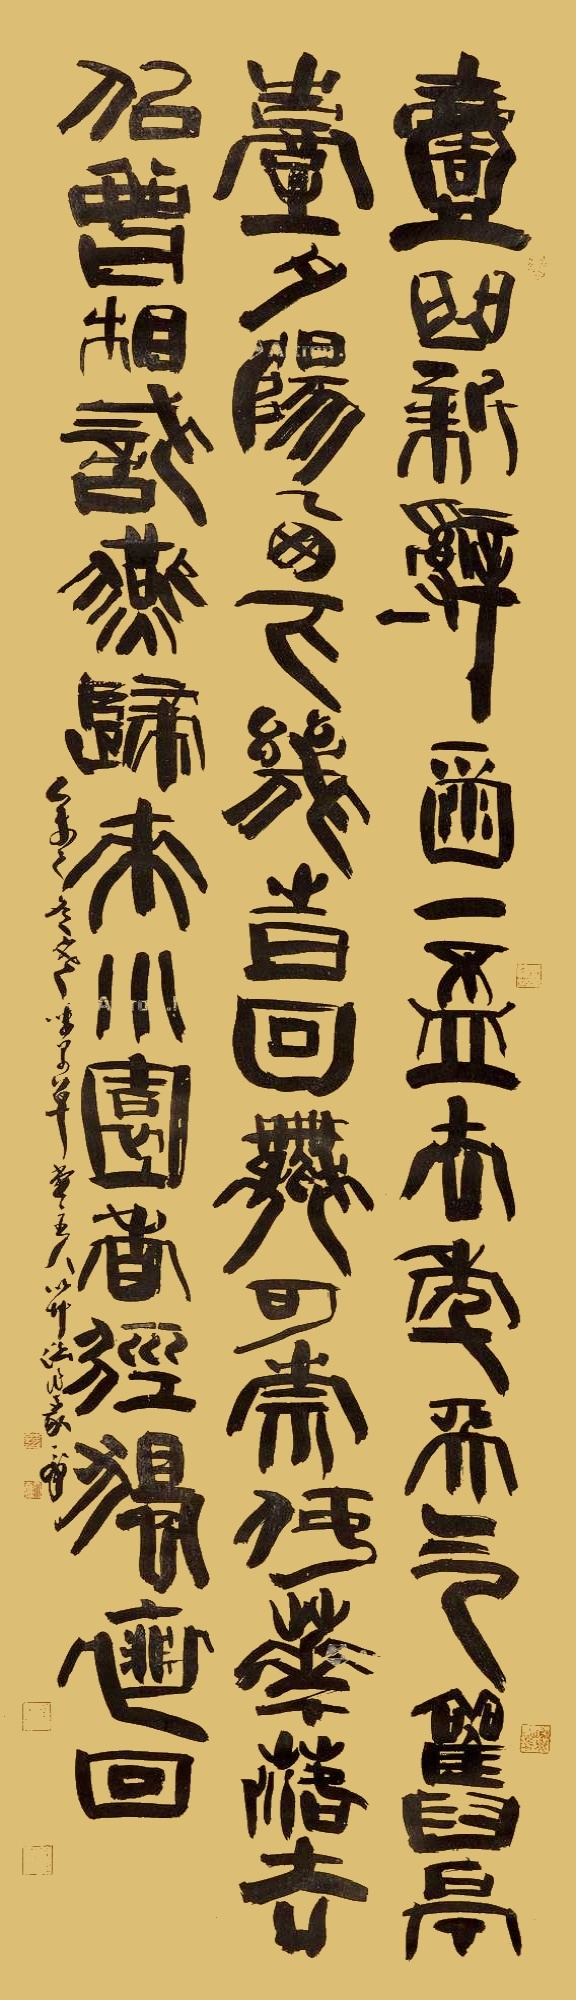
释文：一曲新词酒一杯，去年天气旧亭台。夕阳西下几时回？无可奈何花落去，似曾相识燕归来。小园香径独徘徊。乙未之冬寒味闲草堂主人以草堂作篆天冲。